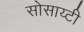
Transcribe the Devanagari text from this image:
सोसाय्टी